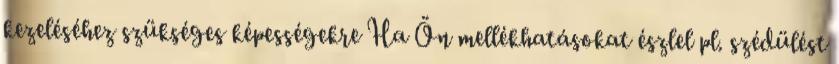
kezeléséhez szükséges képességekre Ha Ön mellékhatásokat észlel pl. szédülést